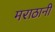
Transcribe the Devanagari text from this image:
मराठानी